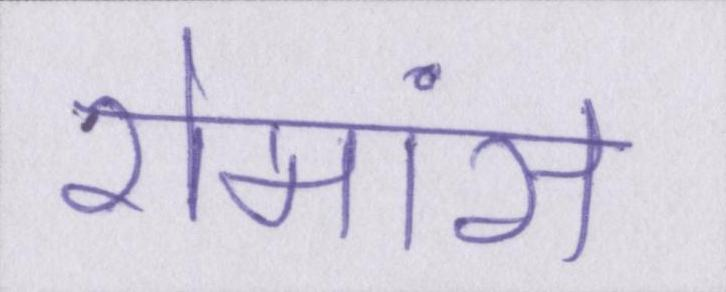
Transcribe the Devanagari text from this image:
रोमांस